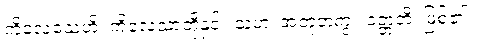
ကိလေသေဟိ၊ ကိလေသာတို့နှင့်။ သဟ၊ အတူတကွ။ ဝတ္တတိ၊ ဖြစ်၏။